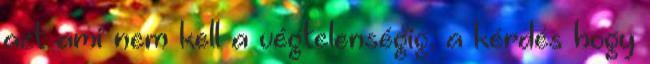
azt ami nem kell a végtelenségig, a kérdés hogy